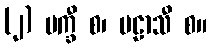
(၂) မက္ခီ စ၊ ပဠာသီ စ။